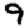
Digit: 9